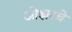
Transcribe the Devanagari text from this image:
ओझरचे